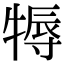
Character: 𤚾